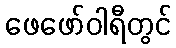
ဖေဖော်ဝါရီတွင်